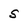
Character: s